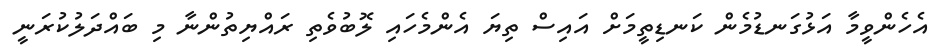
އެހެންވީމާ އަޅުގަނޑުމެން ކަނޑިތީމަށް އައިސް ތިޔަ އެންމެހައި ލޮބުވެތި ރައްޔިތުންނާ މި ބައްދަލުކުރަނީ